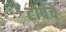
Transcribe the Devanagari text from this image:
टोपेच